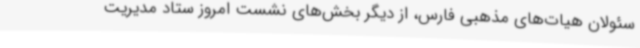
سئولان هیات‌های مذهبی فارس، از دیگر بخش‌های نشست امروز ستاد مدیریت